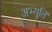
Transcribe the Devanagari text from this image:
अभ्युति